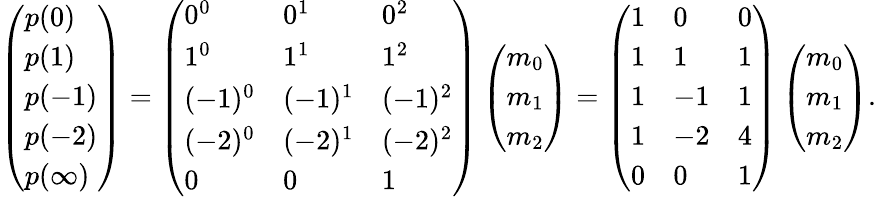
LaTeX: \left({\begin{array}{l}{p(0)}\\ {p(1)}\\ {p(-1)}\\ {p(-2)}\\ {p(\infty)}\end{array}}\right)=\left({\begin{array}{lll}{0^{0}}&{0^{1}}&{0^{2}}\\ {1^{0}}&{1^{1}}&{1^{2}}\\ {(-1)^{0}}&{(-1)^{1}}&{(-1)^{2}}\\ {(-2)^{0}}&{(-2)^{1}}&{(-2)^{2}}\\ {0}&{0}&{1}\end{array}}\right)\left({\begin{array}{l}{m_{0}}\\ {m_{1}}\\ {m_{2}}\end{array}}\right)=\left({\begin{array}{lll}{1}&{0}&{0}\\ {1}&{1}&{1}\\ {1}&{-1}&{1}\\ {1}&{-2}&{4}\\ {0}&{0}&{1}\end{array}}\right)\left({\begin{array}{l}{m_{0}}\\ {m_{1}}\\ {m_{2}}\end{array}}\right).